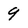
Character: 9